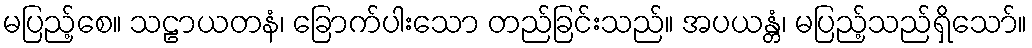
မပြည့်စေ။ သဠာယတနံ၊ ခြောက်ပါးသော တည်ခြင်းသည်။ အပယန္တံ၊ မပြည့်သည်ရှိသော်။